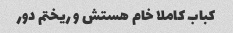
کباب کاملا خام هستش و ریختم دور